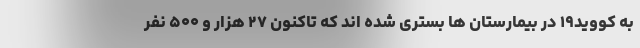
به کووید۱۹ در بیمارستان ها بستری شده اند که تاکنون ۲۷ هزار و ۵۰۰ نفر